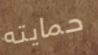
حمايته